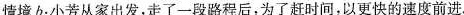
情境b：小芳从家出发，走了一段路程后，为了赶时间，以更快的速度前进.